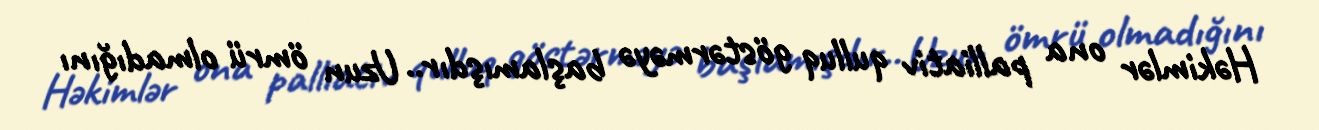
Həkimlər ona palliativ qulluq göstərməyə başlamışdır.. Uzun ömrü olmadığını